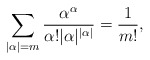
\begin{align*}\sum_{|\alpha|=m}\frac{\alpha^{\alpha}}{\alpha!|\alpha|^{|\alpha|}}=\frac{1}{m!},\end{align*}